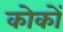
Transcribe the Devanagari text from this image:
कोकों